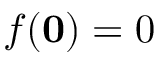
f ( { \bf 0 } ) = 0